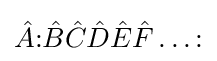
{\hat {A}}{\mathopen {:}}{\hat {B}}{\hat {C}}{\hat {D}}{\hat {E}}{\hat {F}}\ldots {\mathclose {:}}